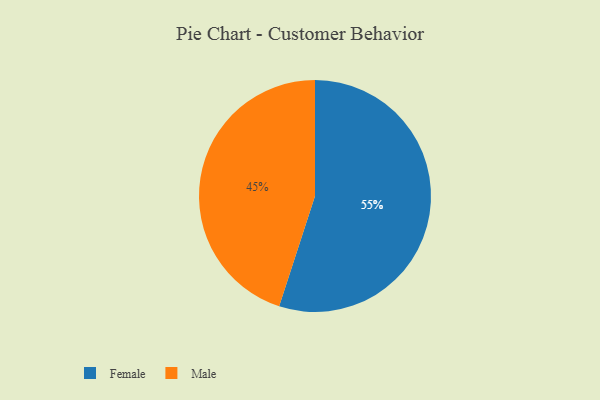
{"axis": {"x": "Category", "y": "Percentage"}, "legend": ["Female", "Male"], "data": [{"x": "Male", "y": 45, "type": "Male"}, {"x": "Female", "y": 55, "type": "Female"}]}